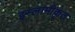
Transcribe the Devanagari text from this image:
इस्लामीकृत